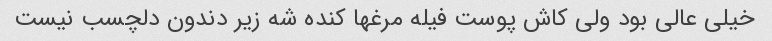
خیلی عالی بود ولی کاش پوست فیله مرغها کنده شه زیر دندون دلچسب نیست